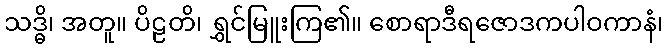
သဒ္ဓိ၊ အတူ။ ပိဠတိ၊ ရွှင်မြူးကြ၏။ စောရာဒီရဇောဒကပါဝကာနံ၊